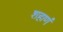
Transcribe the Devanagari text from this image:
शहाणं